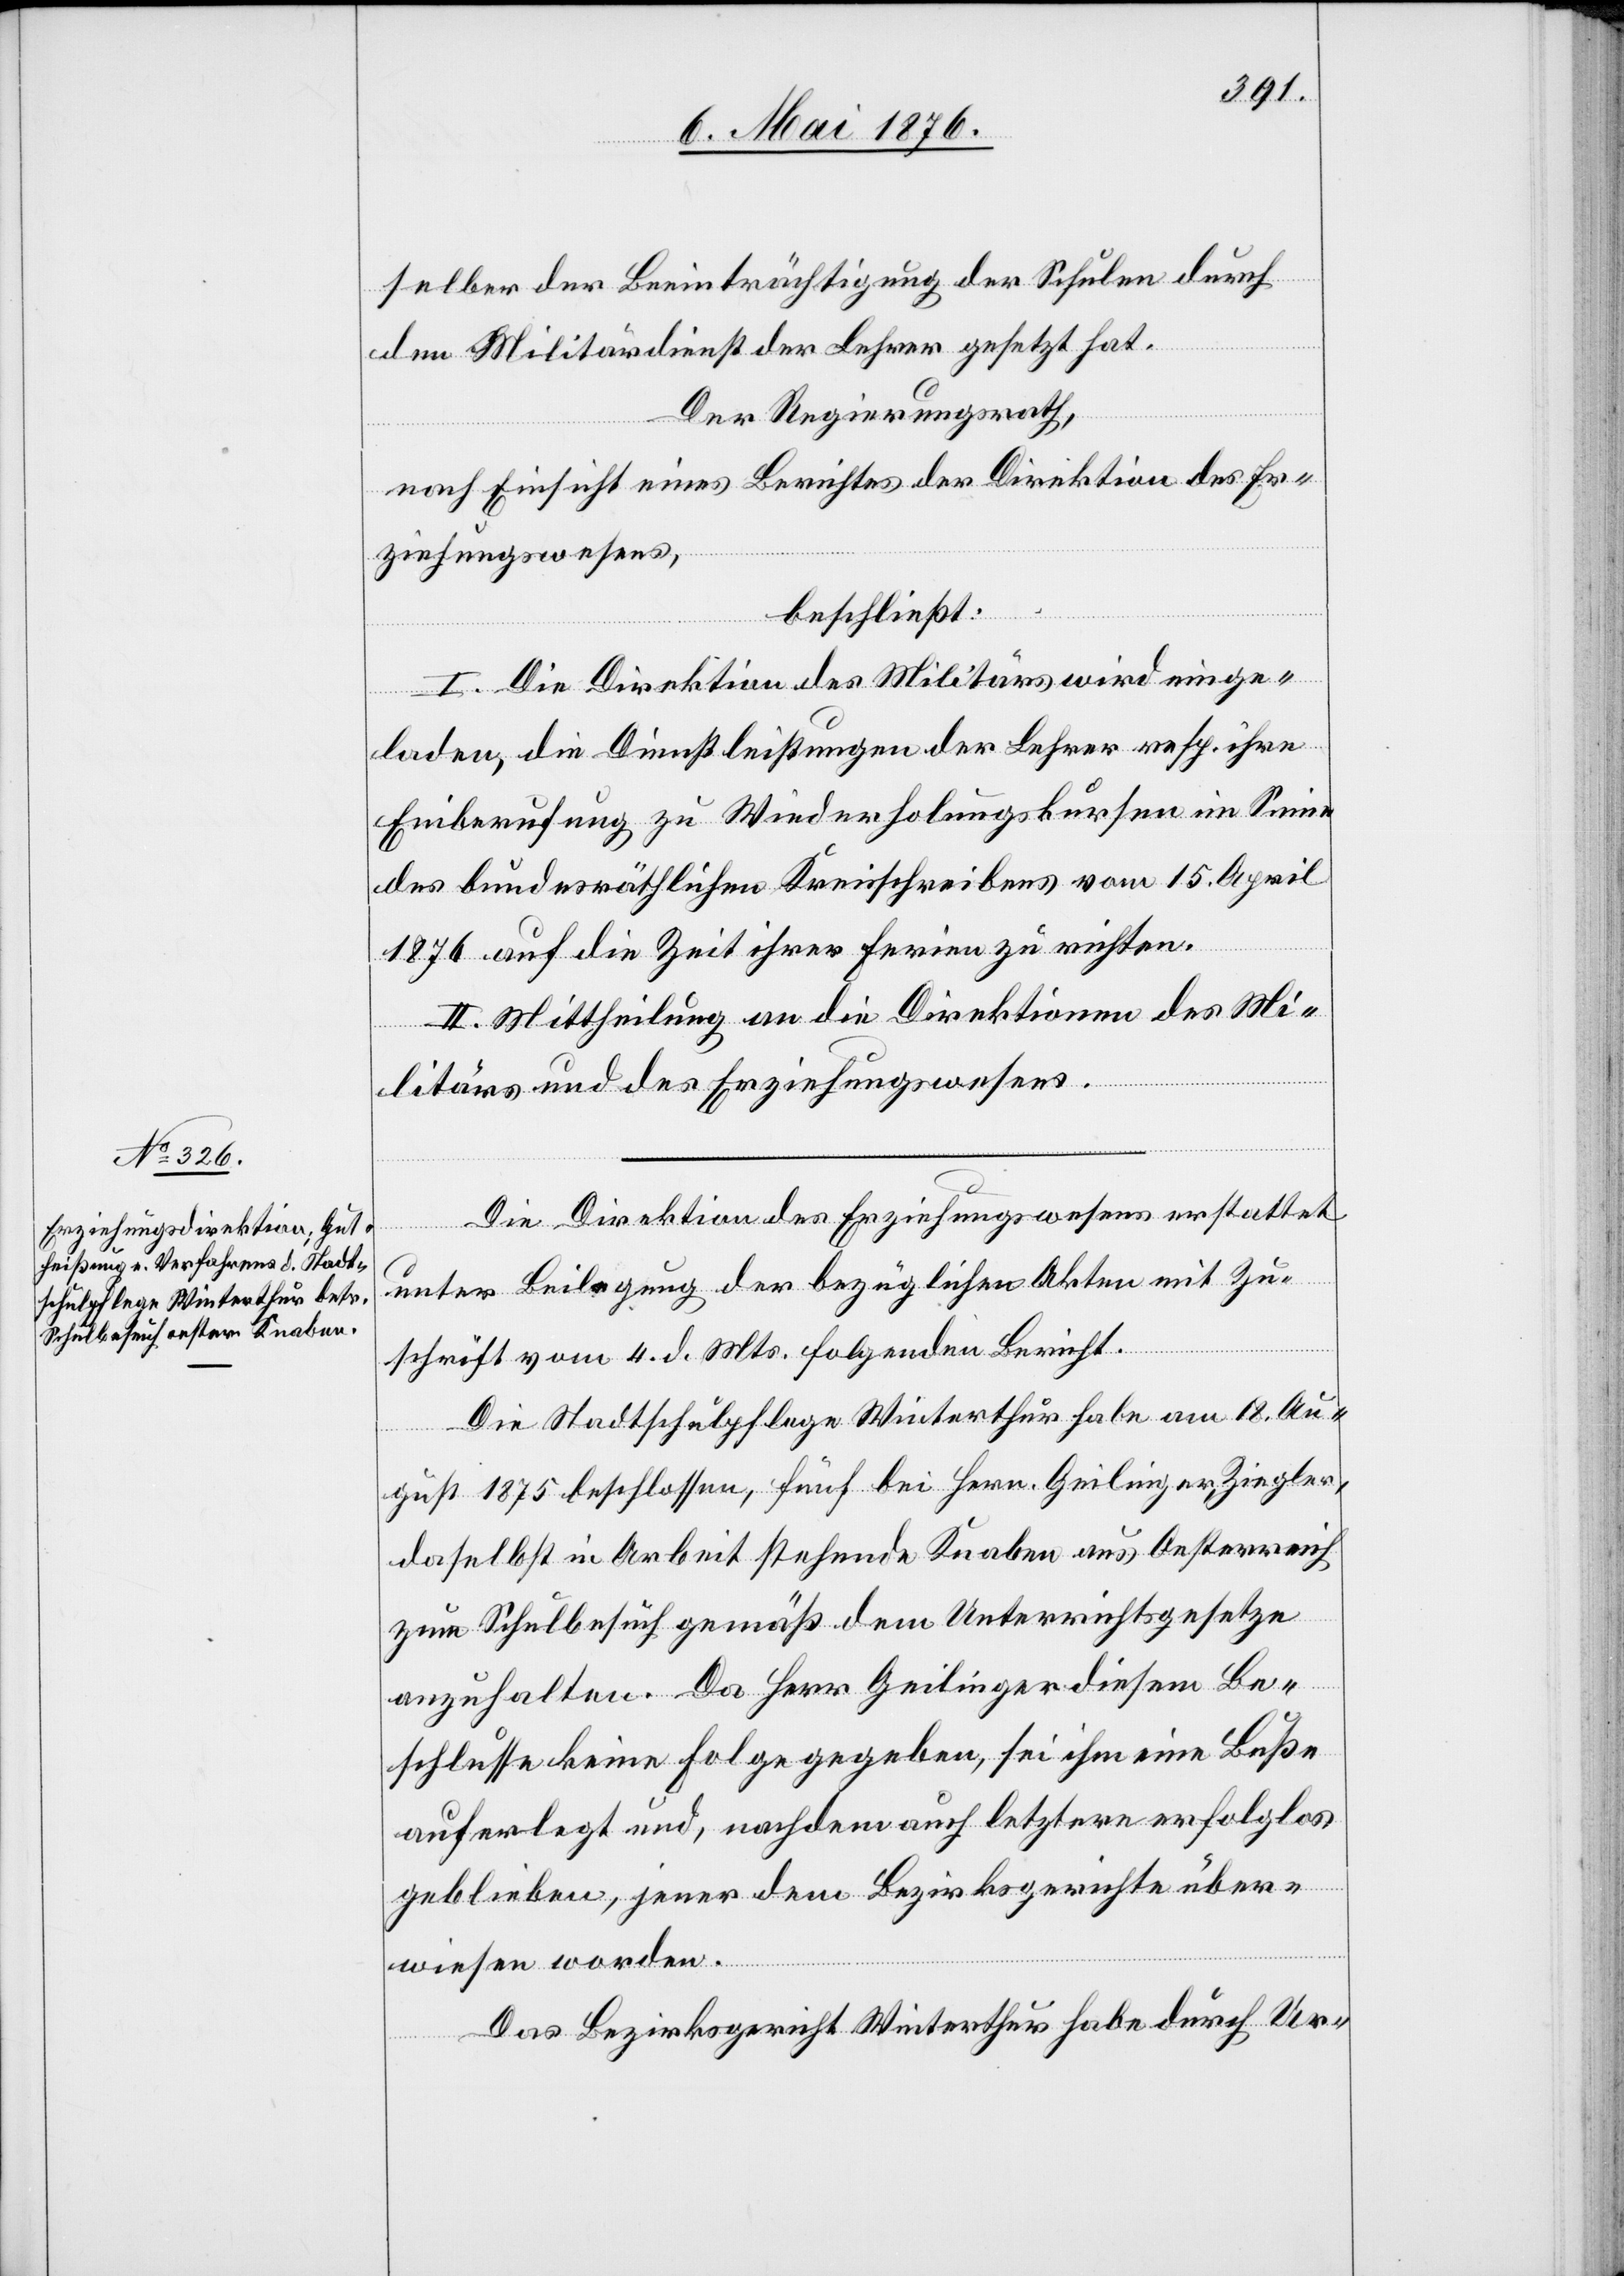
selber der Beeinträchtigung der Schulen durch
den Militärdienst der Lehrer gesetzt hat.
Der Regierungsrath,
nach Einsicht eines Berichtes der Direktion des Er¬
ziehungswesens,
beschließt:
I. Die Direktion des Militärs wird einge¬
laden, die Dienstleistungen der Lehrer resp. ihre
Einberufung zu Wiederholungskursen im Sinne
des bundesräthlichen Kreisschreibens vom 15. April
1876 auf die Zeit ihrer Ferien zu richten.
II. Mittheilung an die Direktionen des Mi¬
litärs und des Erziehungswesens.
Die Direktion des Erziehungswesens erstattet
unter Beilegung der bezüglichen Akten mit Zu¬
schrift vom 4. d. Mts. folgenden Bericht.
Die Stadtschulpflege Winterthur habe am 18. Au¬
gust 1875 beschlossen, fünf bei Herr Geilinger, Ziegler,
daselbst in Arbeit stehende Knaben aus Oesterreich
zum Schulbesuch gemäß dem Unterrichtsgesetze
anzuhalten. Da Herr Geilinger diesem Be¬
schlusse keine Folge gegeben, sei ihm eine Buße
auferlegt und, nachdem auch letztere erfolglos
geblieben, jener dem Bezirksgerichte über¬
wiesen worden.
Das Bezirksgericht Winterthur habe durch Ur-